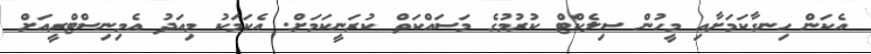
އެކަން ހިނގާކަމަށާއި މީހުން ސިލެކްޓް ކުރުމުގެ މަސައްކަތް ކުރަނީކަމަށް. އެކަމަކު މިއަދު އެމިނިސްޓްރީއަށް